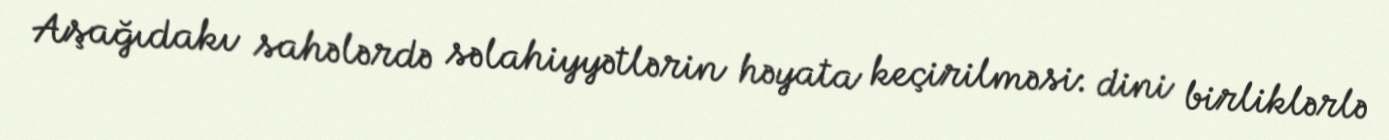
Aşağıdakı sahələrdə səlahiyyətlərin həyata keçirilməsi: dini birliklərlə